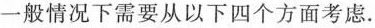
一般情况下需要从以下四个方面考虑。